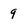
Character: 9